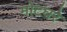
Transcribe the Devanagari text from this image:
मोटघरे